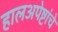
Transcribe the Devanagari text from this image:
हालअपेष्टांचे